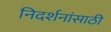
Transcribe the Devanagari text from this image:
निदर्शनांसाठी